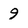
Character: 9